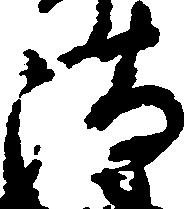
清